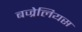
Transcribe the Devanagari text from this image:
बज्रेलियस